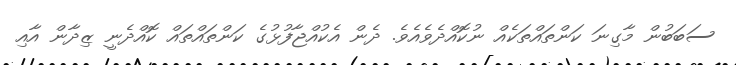
ސަބަބުން މާގިނަ ކަންތައްތަކެއް ނުކޮއްދެވެއެވެ. ދެން އެކުއްޖާފުޅުގެ ކަންތައްތައް ކޮއްދެނީ ޒިދާން އާއި